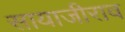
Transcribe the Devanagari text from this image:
सायाजीराव